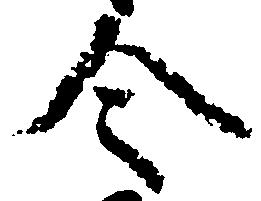
令